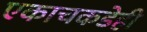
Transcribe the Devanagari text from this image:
एकाचकडेही